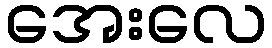
အေးလေ